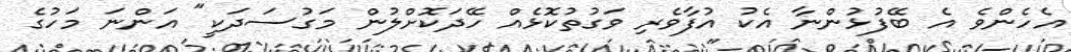
އެހެންވެ އެ ބޭފުޅުންނާ އެކު އުފާވެރި ވަގުތުކޮޅެއް ހޭދަކޮށްލުން މަގުސަދަކީ" އަންނަ މަހުގެ